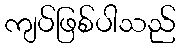
ကျပ်ဖြစ်ပါသည်